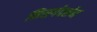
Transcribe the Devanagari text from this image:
निसर्गदर्शन